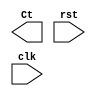
module up_counter(Ct,rst,clk);
	input clk,rst;
	output[7:0] Ct;
	reg[7:0] Ct_temp;					/*temp variable for counter*/
	always@(posedge clk)
		if(!rst)
			ct_temp<=8'd0;
		else
			ct_temp<=ct_temp+1;
	assign count = ct_temp;
endmodule